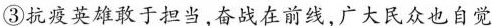
③抗疫英雄敢于担当，奋战在前线，广大民众也自觉